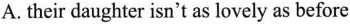
A.their daughter isn't as lovely as before